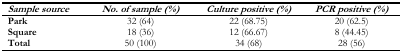
<table><thead><tr><td><b><i>Sample source</i></b></td><td><b><i>No. of sample (%)</i></b></td><td><b><i>Culture positive (%)</i></b></td><td><b><i>PCR positive (%)</i></b></td></tr></thead><tbody><tr><td><b>Park</b></td><td>32 (64)</td><td>22 (68.75)</td><td>20 (62.5)</td></tr><tr><td><b>Square</b></td><td>18 (36)</td><td>12 (66.67)</td><td>8 (44.45)</td></tr><tr><td><b>Total</b></td><td>50 (100)</td><td>34 (68)</td><td>28 (56)</td></tr></tbody></table>